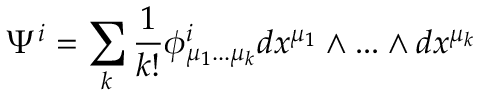
\Psi ^ { i } = \sum _ { k } { \frac { 1 } { k ! } } \phi _ { \mu _ { 1 } . . . \mu _ { k } } ^ { i } d x ^ { \mu _ { 1 } } \wedge . . . \wedge d x ^ { \mu _ { k } }